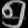
Digit: ၅